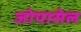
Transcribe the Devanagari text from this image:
जोपासेल